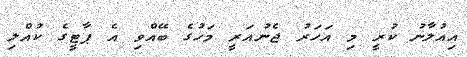
އިއުލާނު ކުރީ މި އަހަރު ޖެނުއަރީ މަހުގެ ބޭއްވި އެ ޕާޓީގެ ކުއްލި